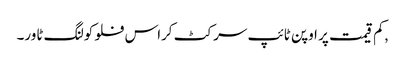
,کم قیمت پر اوپن ٹائپ سرکٹ کراس فلو کولنگ ٹاور۔